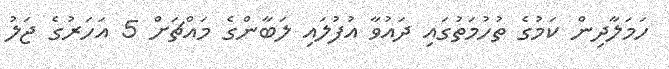
ހަމަލާދިން ކަމުގެ ތުހުމަތުގައި ދައުވާ އުފުލައި ލަބާންގެ މައްޗަށް 5 އަހަރުގެ ޖަލު